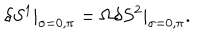
LaTeX: \delta S ^ { 1 } | _ { \sigma = 0 , \pi } = \Omega \delta S ^ { 2 } | _ { \sigma = 0 , \pi } .